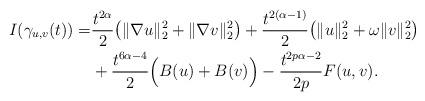
LaTeX: \begin{align*}I(\gamma_{u,v}(t))=&\frac{t^{2\alpha}}{2}\big(\|\nabla u\|_{2}^{2}+\|\nabla v\|_{2}^{2}\big)+\frac{t^{2(\alpha-1)}}{2}\big(\|u\|_{2}^{2}+\omega\|v\|_{2}^{2}\big)\\&+\frac{t^{6\alpha-4}}{2}\Big(B(u)+B(v)\Big)-\frac{t^{2p\alpha-2}}{2p}F(u,v).\end{align*}